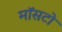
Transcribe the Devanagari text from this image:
मॉसटो